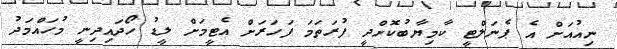
ނިއުއަށް އެ ޕެނަލްޓީ ކާމިޔާބުކޮށްދީ ފުރަތަމަ ފަހަރަށް އެޓީމަށް ލީޑު ހޯދައިދިނީ މުހައްމަދު